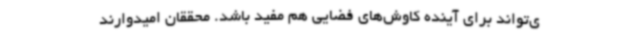
ی‌تواند برای آینده کاوش‌های فضایی هم مفید باشد. محققان امیدوارند